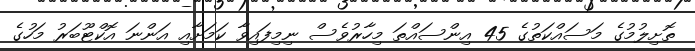
ތޮށިލުމުގެ މަސައްކަތުގެ 45 އިންސައްތަ މިހާރުވެސް ނިމިފައިވާ ކަމަށާއި އަންނަ އޮކްޓޫބަރު މަހުގެ